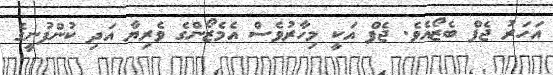
އަހަރު ޖެފް ބެޒޯއެވެ. ޖެފް އަކީ މިހާރުވެސް އެމެޒޯންގެ ވެރިޔާ އަދި ކުންފުނީގެ